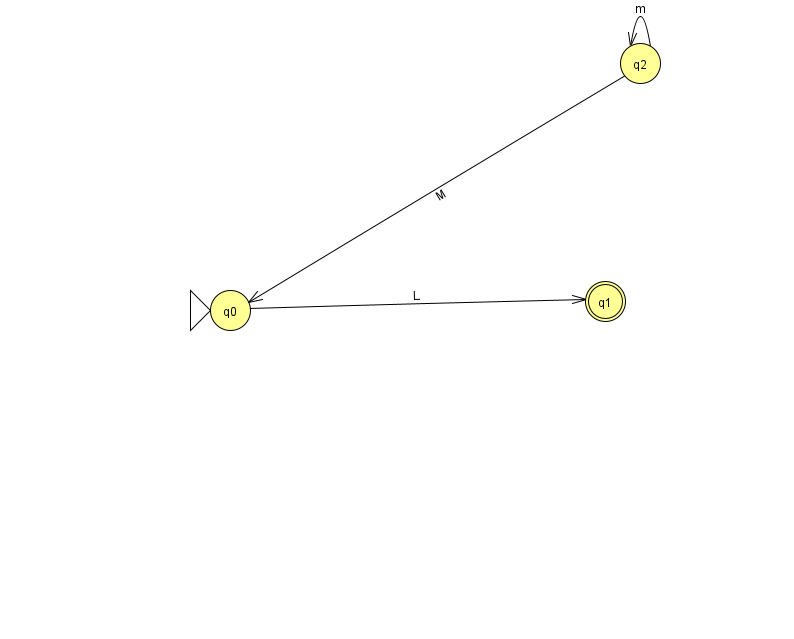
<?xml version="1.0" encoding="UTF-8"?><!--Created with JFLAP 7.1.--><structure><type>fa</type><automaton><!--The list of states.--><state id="0" name="q0"><x>230.0</x><y>297.0</y><initial/></state><state id="1" name="q1"><x>605.0</x><y>288.0</y><final/></state><state id="2" name="q2"><x>640.0</x><y>50.0</y></state><!--The list of transitions.--><transition><from>0</from><to>1</to><read>L</read></transition><transition><from>2</from><to>0</to><read>M</read></transition><transition><from>2</from><to>2</to><read>m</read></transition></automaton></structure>